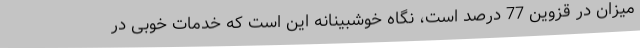
میزان در قزوین 77 درصد است، نگاه خوشبینانه این است که خدمات خوبی در